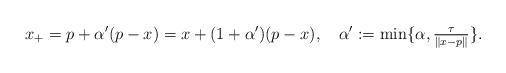
LaTeX: \begin{align*}x_+=p+\alpha'(p-x)=x+(1+\alpha')(p-x),\quad\alpha':=\min\{\alpha,\tfrac{\tau}{\|x-p\|}\}.\end{align*}